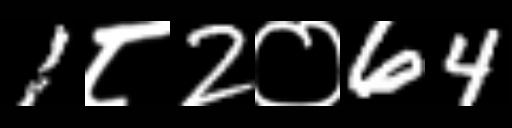
Text: 1८2०64